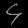
Digit: ၄